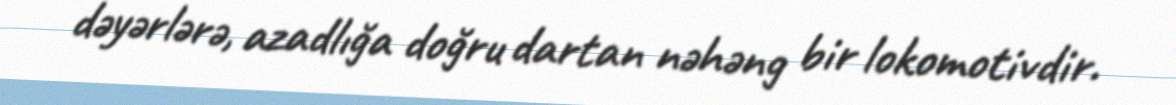
dəyərlərə, azadlığa doğru dartan nəhəng bir lokomotivdir.